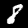
Digit: 8